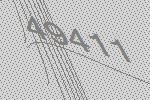
49411